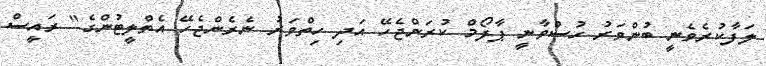
ލަފާކުރެވެނީ ބުންވަރު ހުސްވާނީ ޕާފޯމް ކުރަންޖެހޭ އަދި ހިތްވަރު ނެރެންޖެހޭ އެތްލީޓުންގެ" ރައީސް